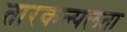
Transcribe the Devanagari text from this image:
तारकल्पलता